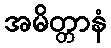
အမိတ္တာနံ